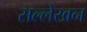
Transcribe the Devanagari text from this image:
सल्लेखन